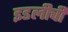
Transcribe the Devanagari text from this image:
इडलीची